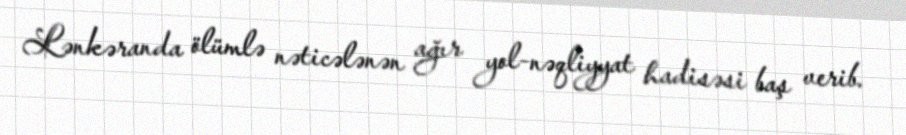
Lənkəranda ölümlə nəticələnən ağır yol-nəqliyyat hadisəsi baş verib.